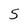
Character: 5